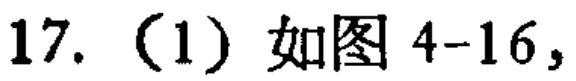
17.（1）如图4-16，